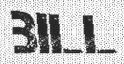
BILL